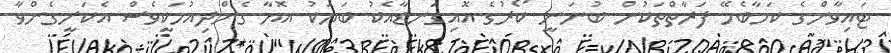
ޓައިވާންގެ ކަމާބެހޭ ފަރާތްތަކުން ބުނަނީ ކޯރުގެ އޮއިގަނޑާއެކު ބަޔަކު އޮޔާ ގެންދިއުމަކީވެސް އެކަށީގެންވާ